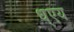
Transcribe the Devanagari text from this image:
ध्एय